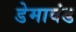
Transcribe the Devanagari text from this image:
डेमावंड